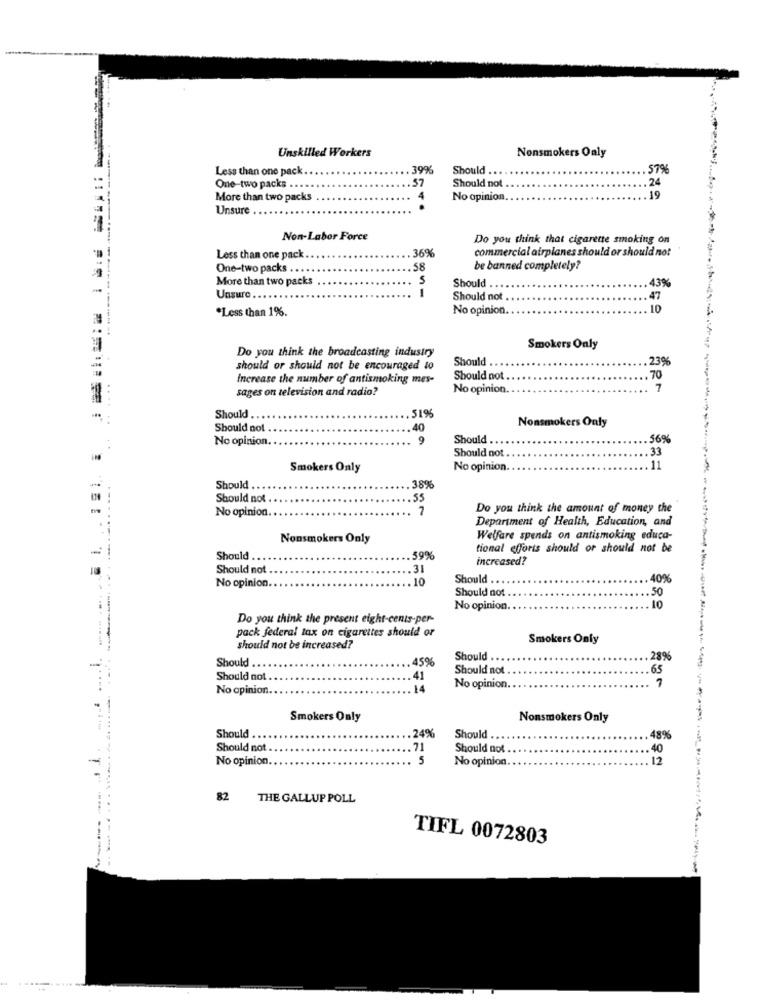
Unskilled Workers
Nonsmokers Oaly
Less than one pack
1996
Should ....
57%
57
24
One-two packs ...
Should not
More than two packs
4
No opinion.
19
Unsure
Non-Labor Force
Do you think that cigarette smoking on
36%
commercial airplanes should or should not
Less than one pack
One-two packs
58
be banned completely?
More than two packs
43%
-
Should
Unsure ..
Should not .
.. 47
*Less than 1%.
No opinion
10
------- -.
Do you think the broadcasting industry
Smokers Only
Should
23%
should or should not be encouraged to
Increase the number of antismoking mes-
Should not
70
sages on television and radio?
No opinion.
7
Should
.519%
Nonsmokers Only
Should not
.40
No opinion. .
.
9
Should
.56%
33
Should not
Smokers Only
No opinion
11
Should
38%
Should not
55
No opinion.
7
Do you think the amount of money the
Department of Health, Education, and
Nonsmokers Only
Welfare spends on antismoking educa-
tional efforts should or should not be
Should
59%
increased?
Should not
.. 31
.. 10
Should
40%
No opinion.
Should not
50
No opinion.
.10
Do you think the present eight-cents-per-
pack federal tax on cigarettes should or
---------
Smokers Only
should not be increased?
Should .
45%
Should
28%
Should not
65
Should not
41
7
....
No opinion
14
No opinion.
Smokers Only
Nonsmokers Only
Should ..
24%
Should
48%
Should not
71
Should not
40
No opinion.
. 5
No opinion
12
82 THE GALLUP POLL
.....
TIFL 0072803
TI -----